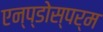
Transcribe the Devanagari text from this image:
एन्प्डोस्पर्म